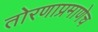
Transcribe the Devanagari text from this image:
तोरणाप्रमाणेच